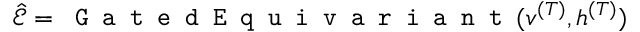
\hat { \mathcal { E } } = \texttt { G a t e d E q u i v a r i a n t } ( v ^ { ( T ) } , h ^ { ( T ) } )